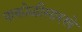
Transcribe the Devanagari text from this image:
पाकोळीसारखे